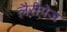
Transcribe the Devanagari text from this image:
लैरीपेज